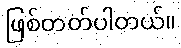
ဖြစ်တတ်ပါတယ်။